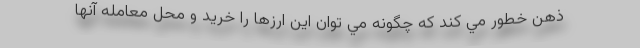
ذهن خطور مي كند كه چگونه مي توان اين ارزها را خريد و محل معامله آنها